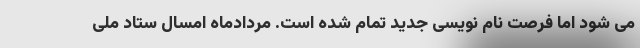
می شود اما فرصت نام نویسی جدید تمام شده است. مردادماه امسال ستاد ملی